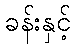
ခန်းနှင့်